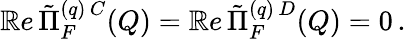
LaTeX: \mathbb{R}e\, \tilde{{\Pi}}_{F}^{(q)\, C}(Q)=\mathbb{R}e\, \tilde{{\Pi}}_{F}^{(q)\, D}(Q)=0\, .